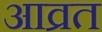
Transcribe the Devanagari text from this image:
आव्रत